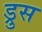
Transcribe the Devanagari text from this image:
ड्रुस